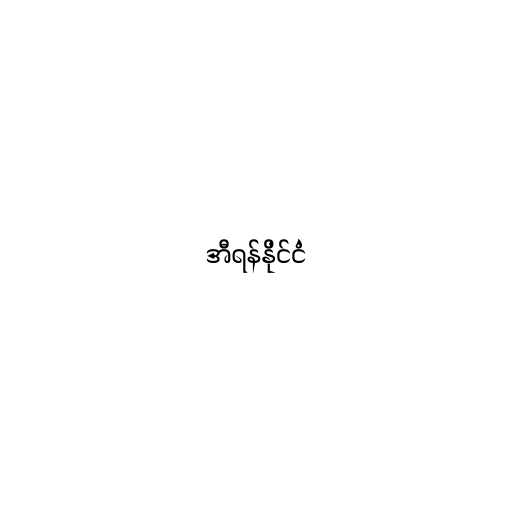
အီရန်နိုင်ငံ